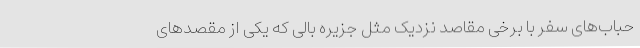
حباب‌های سفر با برخی مقاصد نزدیک مثل جزیره بالی که یکی از مقصدهای